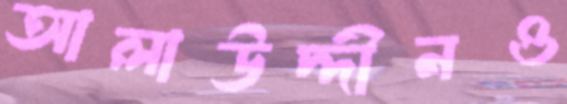
আলাউদ্দীনও